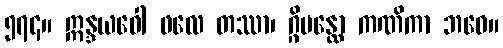
၅၇၄။ ဣန္ဒယဝေါ ဖလေ တဿာ၊ ဂ္ဂိမန္ထော ကဏိကာ ဘဝေ။